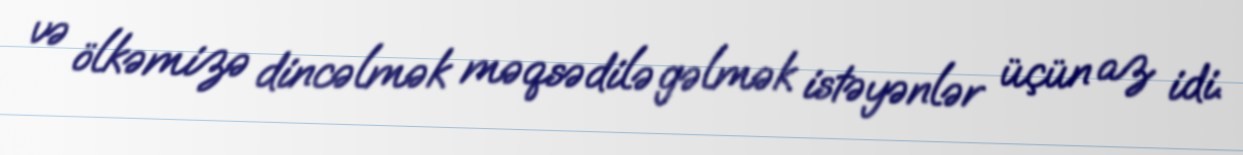
və ölkəmizə dincəlmək məqsədilə gəlmək istəyənlər üçün az idi.